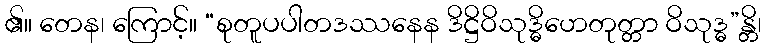
၏။ တေန၊ ကြောင့်။ “စုတူပပါတဒဿနေန ဒိဋ္ဌိဝိသုဒ္ဓိဟေတုတ္တာ ဝိသုဒ္ဓ”န္တိ၊